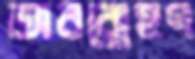
অবরোহণ